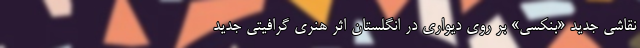
نقاشی جدید «بنکسی» بر روی دیواری در انگلستان اثر هنری گرافیتی جدید